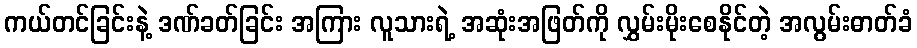
ကယ်တင်ခြင်းနဲ့ ဒဏ်ခတ်ခြင်း အကြား လူသားရဲ့ အဆုံးအဖြတ်ကို လွှမ်းမိုးစေနိုင်တဲ့ အလွမ်းဓာတ်ခံ